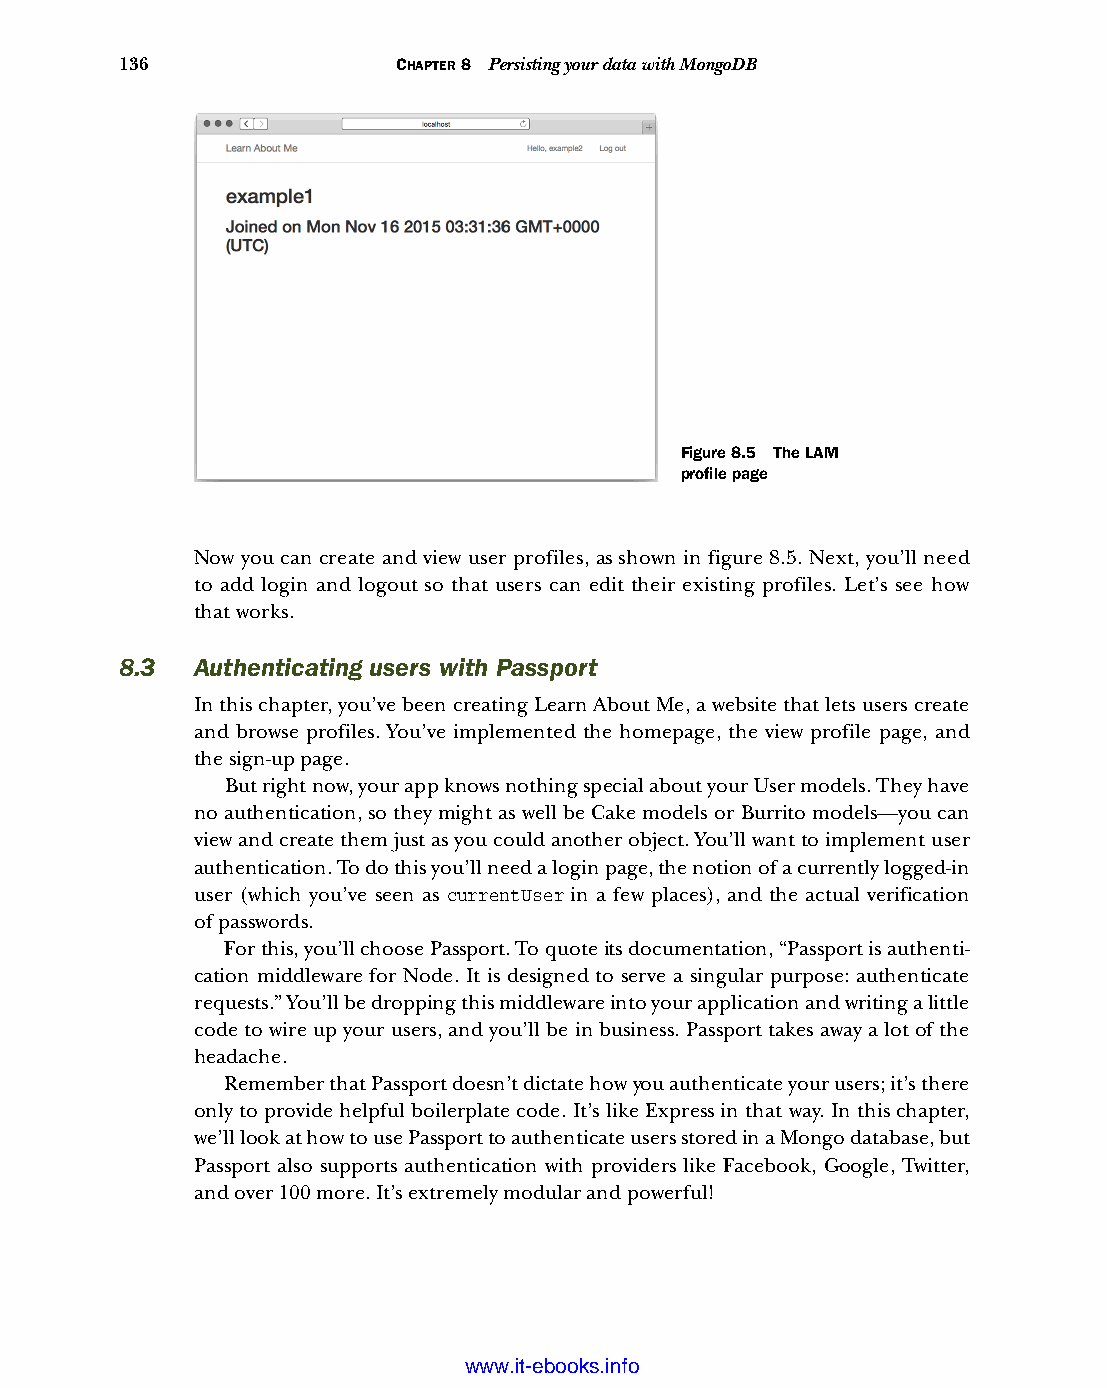
136               CHAPTER 8 Persisting your data with MongoDB
 Figure 8.5 The LAM
 profile page
 Now you can create and view user profiles, as shown in figure 8.5. Next, you’ll need
 to add login and logout so that users can edit their existing profiles. Let’s see how
 that works.
 8.3  Authenticating users with Passport
 In this chapter, you’ve been creating Learn About Me, a website that lets users create
 and browse profiles. You’ve implemented the homepage, the view profile page, and
 the sign-up page.
 But right now, your app knows nothing special about your User models. They have
 no authentication, so they might as well be Cake models or Burrito models—you can
 view and create them just as you could another object. You’ll want to implement user
 authentication. To do this you’ll need a login page, the notion of a currently logged-in
 user (which you’ve seen as currentUser in a few places), and the actual verification
 ofpasswords.
 For this, you’ll choose Passport. To quote its documentation, “Passport is authenti-
 cation middleware for Node. It is designed to serve a singular purpose: authenticate
 requests.” You’ll be dropping this middleware into your application and writing a little
 code to wire up your users, and you’ll be in business. Passport takes away a lot of the
 headache.
 Remember that Passport doesn’t dictate how you authenticate your users; it’s there
 only to provide helpful boilerplate code. It’s like Express in that way. In this chapter,
 we’ll look at how to use Passport to authenticate users stored in a Mongo database, but
 Passport also supports authentication with providers like Facebook, Google, Twitter,
 and over 100 more. It’s extremely modular and powerful!
 Licensed wtow w <.mit-ielebro.8o8k8s@.ingfomail.com>